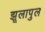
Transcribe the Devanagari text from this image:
झूलापुल